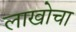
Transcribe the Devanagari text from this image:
लाखोचा